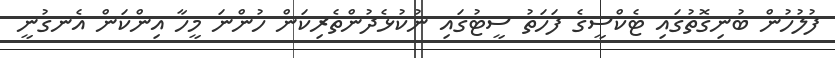
ފުލުހުން ބުނިގޮތުގައި ޓެކްސީގެ ފަހަތު ސީޓުގައި ނުކުޅެދުންތެރިކަން ހުންނަ މީހާ އިންކަން އެނގުނީ